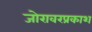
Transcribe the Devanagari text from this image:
जोरावरप्रकाश